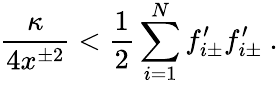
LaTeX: {\frac{\kappa}{4x^{\pm 2}}}<{\frac{1}{2}}\sum_{i=1}^{N}f_{i\pm}^{\prime}f_{i\pm}^{\prime}\ .